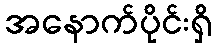
အနောက်ပိုင်းရှိ